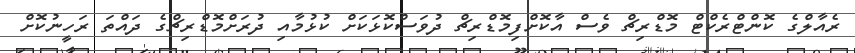
ރެއާލްގެ ކޮންޓްރެކްޓް މޮޑްރިޗް ވެސް އާކޮށްފިމޮޑްރިޗް ދުވަސްކޮޅަކަށް ކުޅުމާއި ދުރަށްމޮޑްރިޗްގެ ދައްތަ ރަހީނުކޮށް